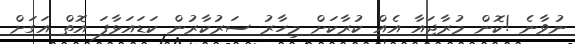
ނުވާނެ !ކޮން މުރާޖައާ އެއް ކުރާކަށް މިހާރު ސަރުކާރުން ކަޑައަޅާފަ އޮތް އަގަށް